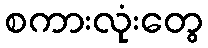
စကားလုံးတွေ